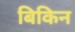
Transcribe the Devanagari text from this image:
बिकिन